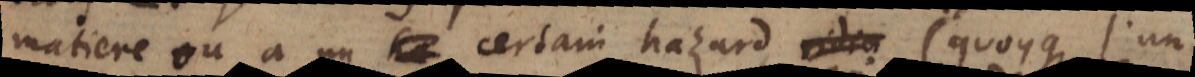
matiere ou à un certain hazard (quoyque l’un